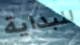
للبداية